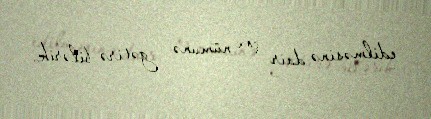
edilməsinə dair çox nümunə gətirə bilərik.